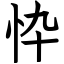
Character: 忰